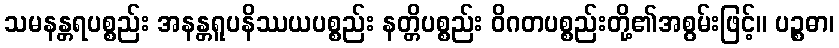
သမနန္တရပစ္စည်း အနန္တရူပနိဿယပစ္စည်း နတ္တိပစ္စည်း ဝိဂတပစ္စည်းတို့၏အစွမ်းဖြင့်။ ပဉ္စဓာ၊